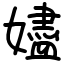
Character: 嬧